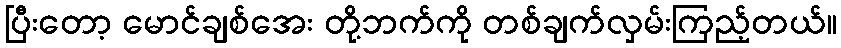
ပြီးတော့ မောင်ချစ်အေး တို့ဘက်ကို တစ်ချက်လှမ်းကြည့်တယ်။